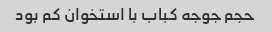
حجم جوجه کباب با استخوان کم بود